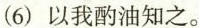
(6)以我酌油知之。